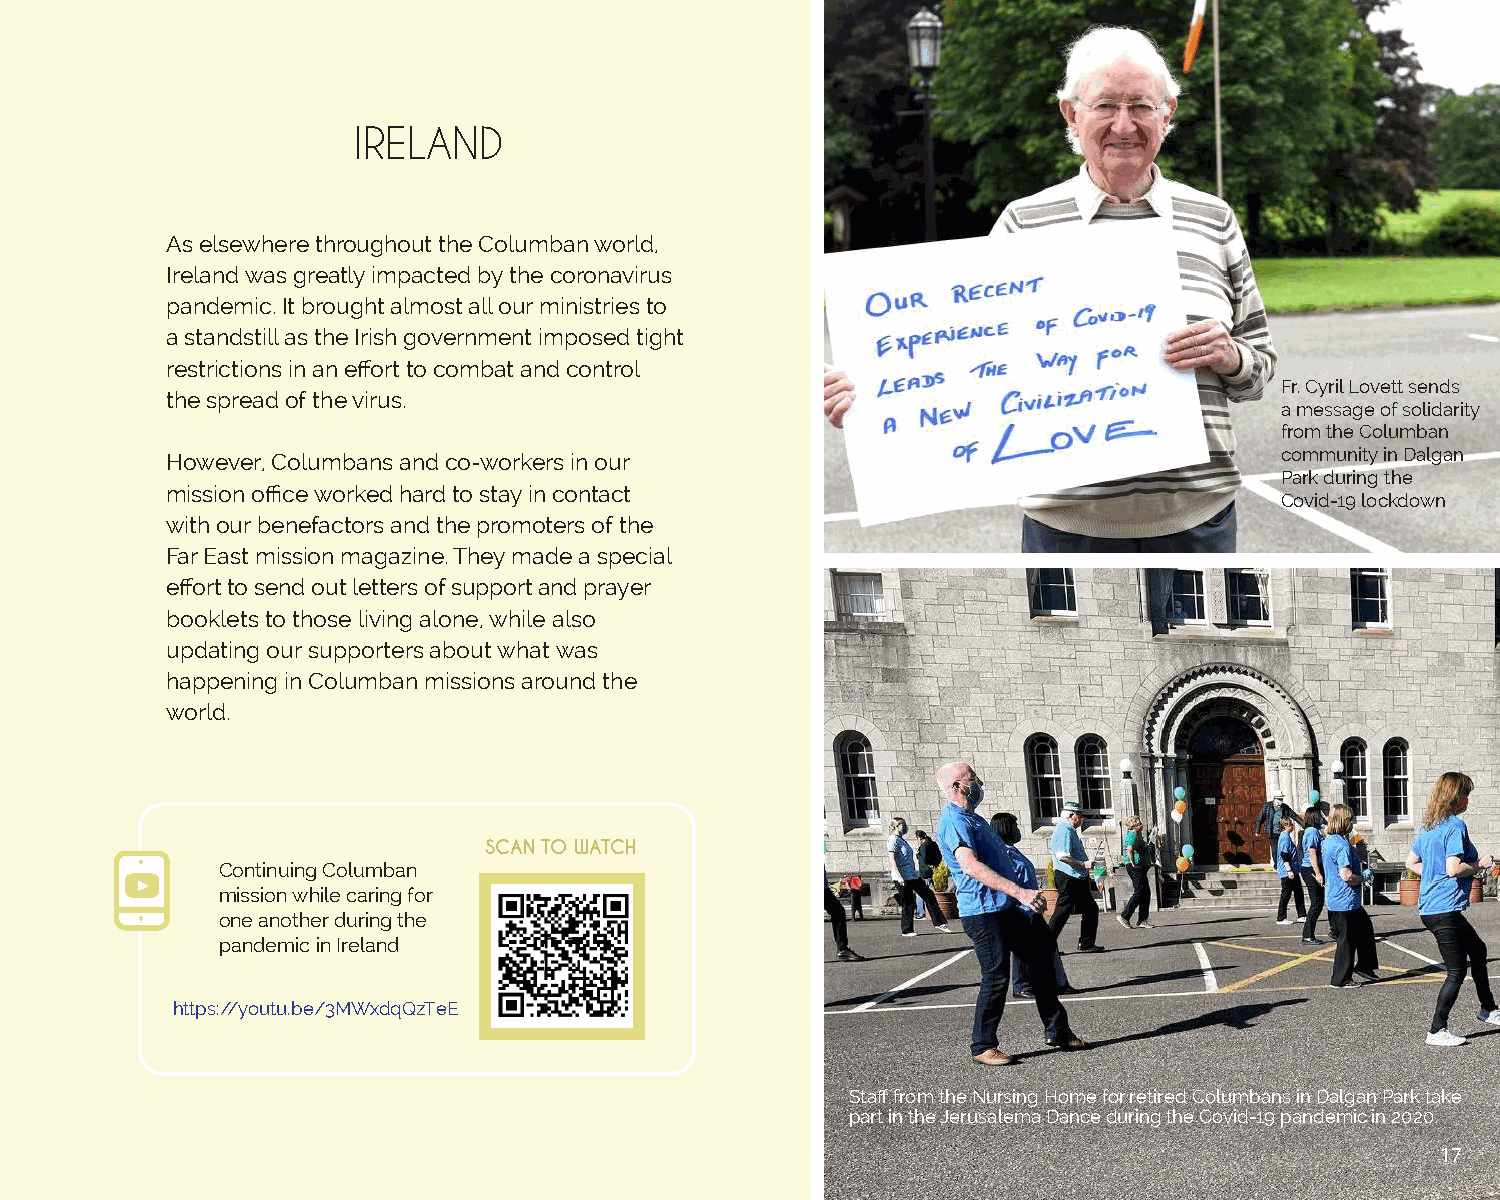
IRELAND
 As elsewhere throughout the Columban world,
 Ireland was greatly impacted by the coronavirus
 pandemic. It brought almost all our ministries to
 a standstill as the Irish government imposed tight
 restrictions in an effort to combat and control
 Fr. Cyril Lovett sends
 the spread of the virus.
 a message of solidarity
 from the Columban
 However, Columbans and co-workers in our                                  community in Dalgan
 Park during the
 mission office worked hard to stay in contact
 Covid-19 lockdown
 with our benefactors and the promoters of the
 Far East mission magazine. They made a special
 effort to send out letters of support and prayer
 booklets to those living alone, while also
 updating our supporters about what was
 happening in Columban missions around the
 world.
 SCAN TO WATCH
 Continuing Columban
 mission while caring for
 one another during the
 pandemic in Ireland
 https://youtu.be/3MWxdqQzTeE
 Staff from the Nursing Home for retired Columbans in Dalgan Park take
 part in the Jerusalema Dance during the Covid-19 pandemic in 2020.
 17